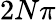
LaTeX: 2N\pi